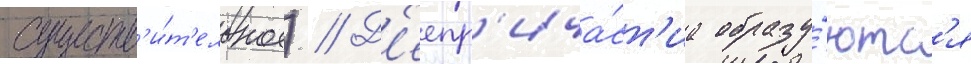
существ'и́т'ельное) // Д'еепр'ича́ст'иа образу́ютс'я